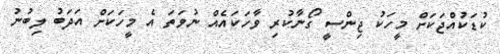
ކުޑަކުއްޖަކަށް މީހަކު ޖިންސީ ގޯނާކުރި ވާހަކައެއް ނުވަތަ އެ މީހަކަށް އަދަބު ލިބުނު